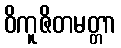
ဝိကူဇိတမတ္တာ